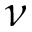
\nu